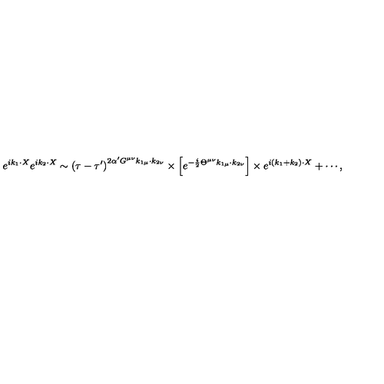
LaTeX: e ^ { i k _ { 1 } \cdot X } e ^ { i k _ { 2 } \cdot X } \sim \left( \tau - \tau ^ { \prime } \right) ^ { 2 \alpha ^ { \prime } G ^ { \mu \nu } k _ { 1 \mu } \cdot k _ { 2 \nu } } \times \left[ e ^ { - \frac { i } { 2 } \Theta ^ { \mu \nu } k _ { 1 \mu } \cdot k _ { 2 \nu } } \right] \times e ^ { i \left( k _ { 1 } + k _ { 2 } \right) \cdot X } + \cdots ,